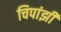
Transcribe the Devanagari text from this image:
चिपांझी